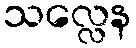
သလ္လေန